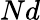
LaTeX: Nd